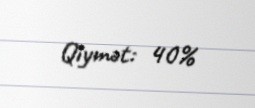
Qiymət: 40%